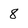
Character: 8